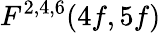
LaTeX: F^{2,4,6}(4f,5f)